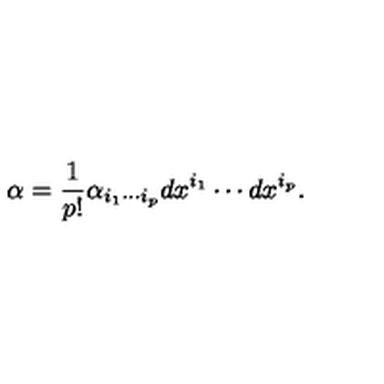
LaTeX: \alpha = { \frac { 1 } { p ! } } \alpha _ { i _ { 1 } \cdots i _ { p } } d x ^ { i _ { 1 } } \cdots d x ^ { i _ { p } } .